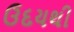
ઉદયથી